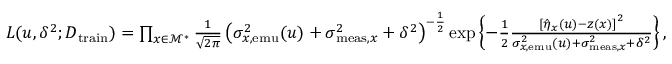
\begin{array} { r } { L ( u , \delta ^ { 2 } ; D _ { \mathrm { t r a i n } } ) = \prod _ { x \in \mathcal { M } ^ { * } } \frac { 1 } { \sqrt { 2 \pi } } \left( \sigma _ { x , \mathrm { e m u } } ^ { 2 } ( u ) + \sigma _ { \mathrm { m e a s } , x } ^ { 2 } + \delta ^ { 2 } \right) ^ { - \frac 1 2 } \exp \left\{ - \frac { 1 } { 2 } \frac { \left[ \hat { \eta } _ { x } ( u ) - z ( x ) \right] ^ { 2 } } { \sigma _ { x , \mathrm { e m u } } ^ { 2 } ( u ) + \sigma _ { \mathrm { m e a s } , x } ^ { 2 } + \delta ^ { 2 } } \right\} , } \end{array}